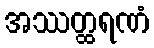
အဿတ္ထရဏံ